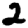
Digit: 2